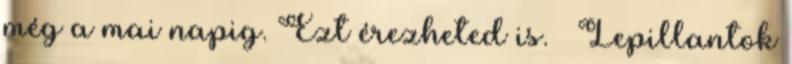
még a mai napig. Ezt érezheted is. – Lepillantok